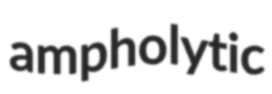
ampholytic